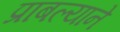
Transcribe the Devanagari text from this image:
प्राबल्याने